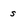
Character: s